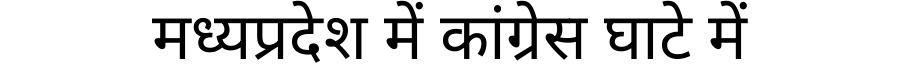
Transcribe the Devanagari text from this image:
मध्यप्रदेश में कांग्रेस घाटे में